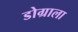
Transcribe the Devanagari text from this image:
डोग्राला